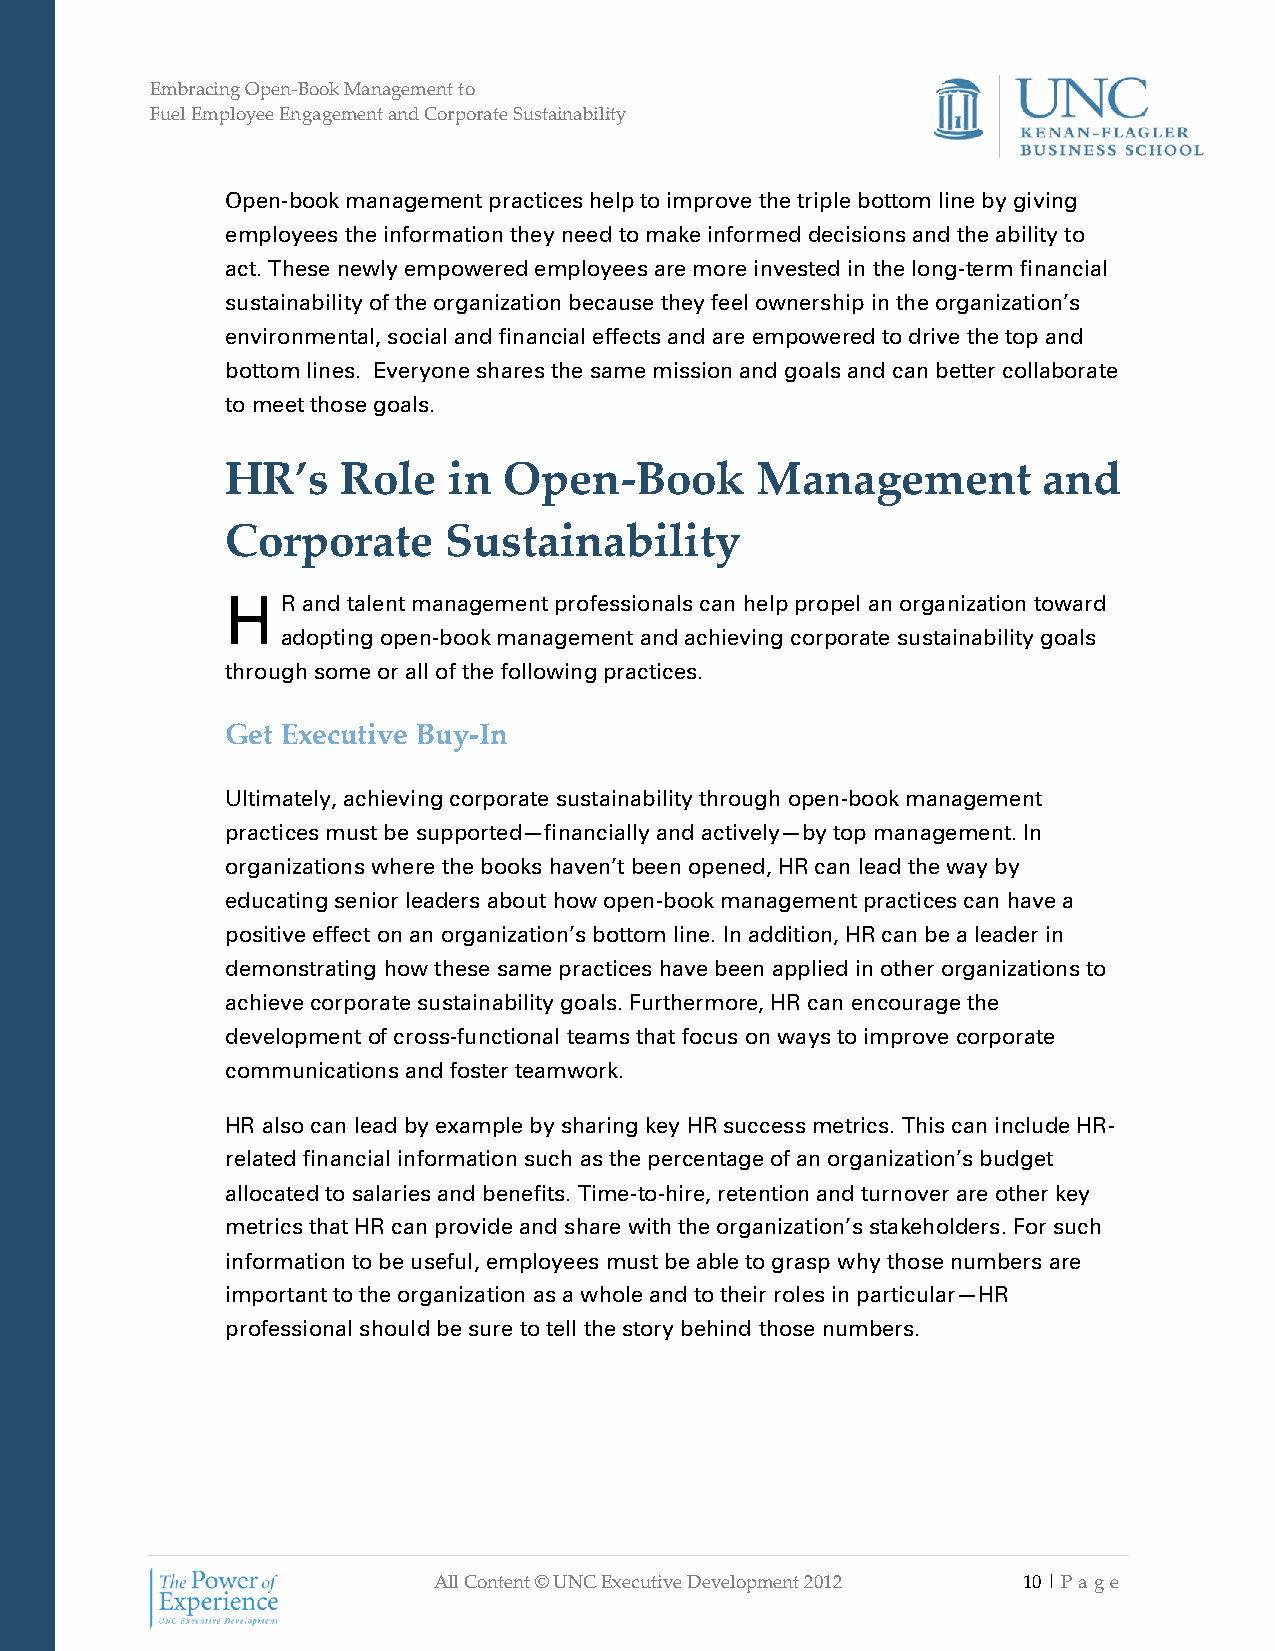
Embracing Open-Book Management to
 Fuel Employee Engagement and Corporate Sustainability
 Open-book management practices help to improve the triple bottom line by giving
 employees the information they need to make informed decisions and the ability to
 act. These newly empowered employees are more invested in the long-term financial
 sustainability of the organization because they feel ownership in the organization’s
 environmental, social and financial effects and are empowered to drive the top and
 bottom lines. Everyone shares the same mission and goals and can better collaborate
 to meet those goals.
 HR’s    Role   in Open-Book        Management         and
 Corporate     Sustainability
 H   R and talent management professionals can help propel an organization toward
 adopting open-book management and achieving corporate sustainability goals
 through some or all of the following practices.
 Get Executive Buy-In
 Ultimately, achieving corporate sustainability through open-book management
 practices must be supported—financially and actively—by top management. In
 organizations where the books haven’t been opened, HR can lead the way by
 educating senior leaders about how open-book management practices can have a
 positive effect on an organization’s bottom line. In addition, HR can be a leader in
 demonstrating how these same practices have been applied in other organizations to
 achieve corporate sustainability goals. Furthermore, HR can encourage the
 development of cross-functional teams that focus on ways to improve corporate
 communications and foster teamwork.
 HR also can lead by example by sharing key HR success metrics. This can include HR-
 related financial information such as the percentage of an organization’s budget
 allocated to salaries and benefits. Time-to-hire, retention and turnover are other key
 metrics that HR can provide and share with the organization’s stakeholders. For such
 information to be useful, employees must be able to grasp why those numbers are
 important to the organization as a whole and to their roles in particular—HR
 professional should be sure to tell the story behind those numbers.
 All Content © UNC Executive Development 2012 10 | Pa ge